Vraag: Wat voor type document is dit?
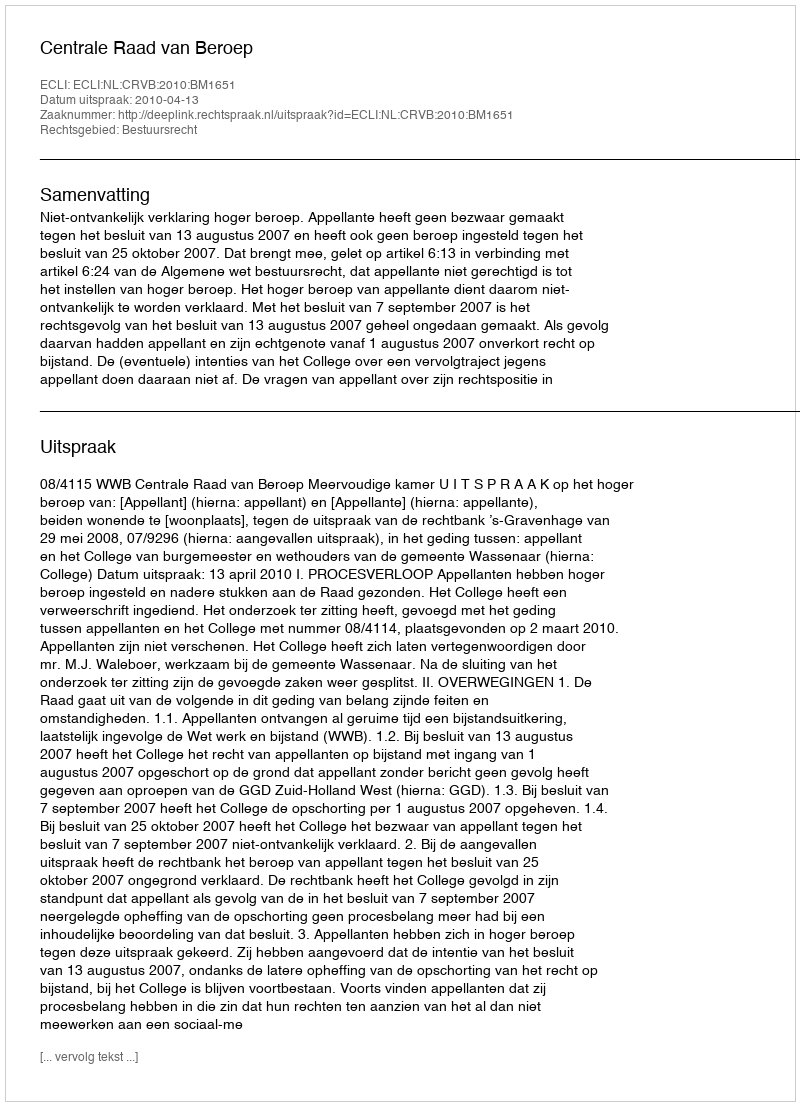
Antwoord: Uitspraak